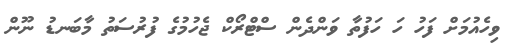
ވިހެއުމަށް ފަހު ހަ ހަފުތާ ވަންދެން ސްޓްރޯކް ޖެހުމުގެ ފުރުސަތު މާބަނޑު ނޫން